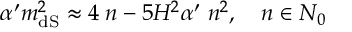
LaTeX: \alpha ^ { \prime } m _ { \mathrm { d S } } ^ { 2 } \approx 4 \; n - 5 H ^ { 2 } \alpha ^ { \prime } \; n ^ { 2 } , \quad n \in N _ { 0 }